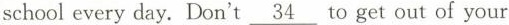
school every day. Don't \underline{34 } to get out of your